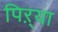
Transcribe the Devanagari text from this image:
पिऱ्या